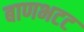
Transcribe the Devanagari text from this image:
बाणभटट